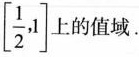
\left[ \frac{1}{2},1\right]上的值域.